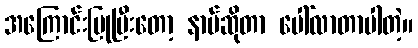
အကြောင်းပြုပြီးတော့ နာမ်ဆိုတာ ပေါ်လာတာပါတဲ့။